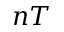
n T